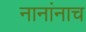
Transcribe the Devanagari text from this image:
नानांनाच